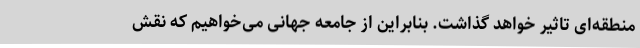
منطقه‌ای تاثیر خواهد گذاشت. بنابراین از جامعه جهانی می‌خواهیم که نقش